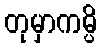
တုမှာကမ္ပိ